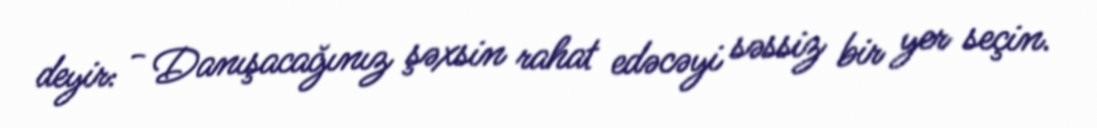
deyir: - Danışacağınız şəxsin rahat edəcəyi səssiz bir yer seçin.